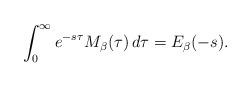
LaTeX: \begin{align*}\int_{0}^{\infty}e^{-s\tau}M_{\beta}(\tau)\,d\tau=E_{\beta}(-s).\end{align*}